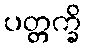
ပတ္တက္ခိ